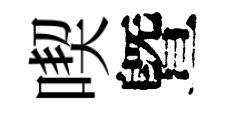
喫曁